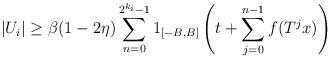
LaTeX: \begin{align*}|U_i|\ge\beta(1-2\eta) \sum_{n=0}^{2^{k_i} - 1} 1_{[-B,B]} \left( t + \sum_{j=0}^{n-1} f(T^j x) \right)\end{align*}